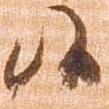
候